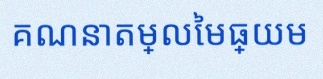
គណនាតម្លៃមធ្យម